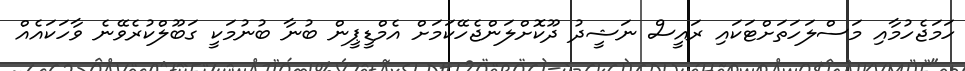
ހަމަޖެހުމާއި މަސްލަހަތަށްޓަކައި ރައީސް ނަޝީދު ދޫކޮށްލަންޖެހޭކަމަށް އެމްޑީޕީން ބުނާ ބުނުމަކީ ގަބޫލްކުރެވޭނެ ވާހަކައެއް